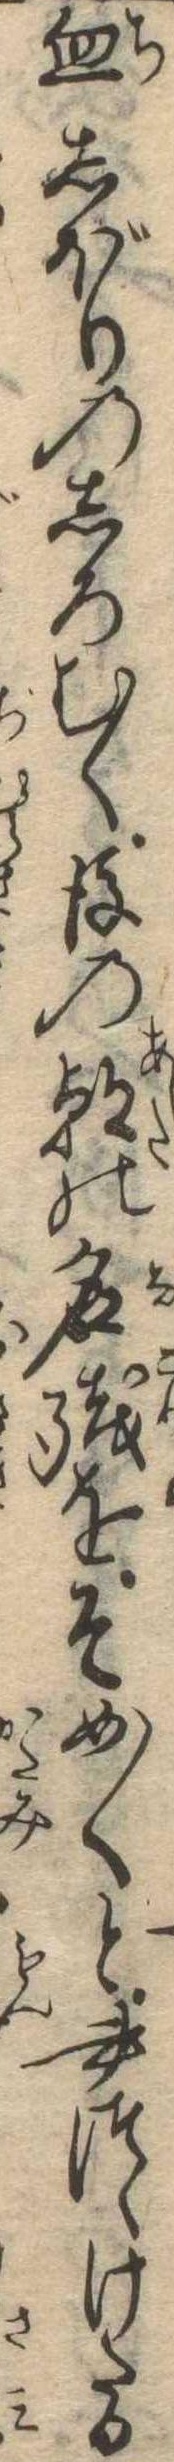
血しぼりのしろむく後の朝の名残をそめ〱と書つゝけたる